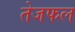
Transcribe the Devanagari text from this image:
तेजफल